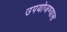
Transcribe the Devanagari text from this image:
उपयोजण्यास